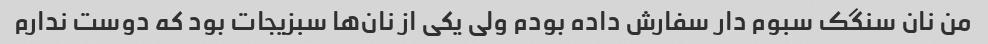
من نان سنگک سبوم دار سفارش داده بودم ولی یکی از نان‌ها سبزیجات بود که دوست ندارم